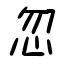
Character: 忽